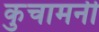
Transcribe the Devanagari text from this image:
कुचामनी